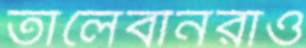
তালেবানরাও